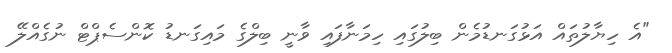
"އެ ހިޔާލުތައް އަޅުގަނޑުމެން ބިލުގައި ހިމަނާފައި ވާނީ ބިލްގެ މައިގަނޑު ކޮންސެޕްޓް ނުގެއްލޭ